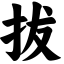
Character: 拔